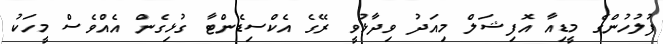
ފުލުހުންގެ މީޑިއާ އޮފިޝަލް މިއަދު ވިދާޅުވީ ރޭގެ އެކްސިޑެންޓާ ގުޅިގެން އެއްވެސް މީހަކު